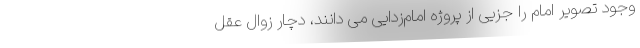
وجود تصویر امام را جزیی از پروژه امام‌زدایی می دانند، دچار زوال عقل